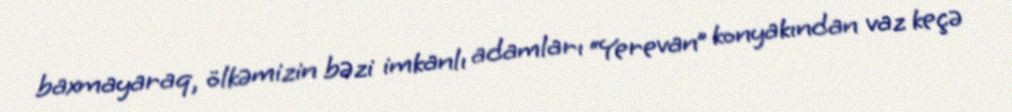
baxmayaraq, ölkəmizin bəzi imkanlı adamları “Yerevan” konyakından vaz keçə